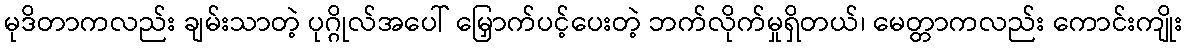
မုဒိတာကလည်း ချမ်းသာတဲ့ ပုဂ္ဂိုလ်အပေါ် မြှောက်ပင့်ပေးတဲ့ ဘက်လိုက်မှုရှိတယ်၊ မေတ္တာကလည်း ကောင်းကျိုး